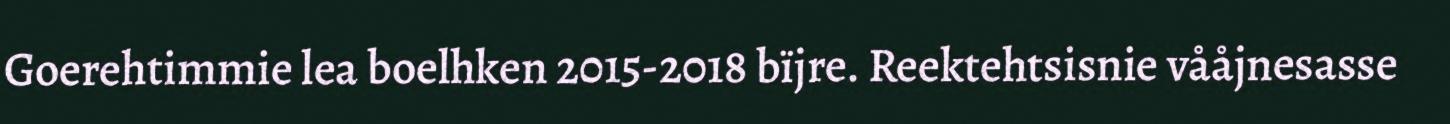
Goerehtimmie lea boelhken 2015-2018 bïjre. Reektehtsisnie vååjnesasse